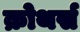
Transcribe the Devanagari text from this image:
क्रोथर्स